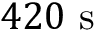
4 2 0 \ \mathrm { s }